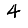
Digit: 4